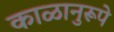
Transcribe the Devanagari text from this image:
काळानुरूपे